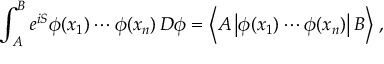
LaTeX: \int _ { A } ^ { B } e ^ { i S } \phi ( x _ { 1 } ) \cdots \phi ( x _ { n } ) \, D \phi = \left\langle A \left| \phi ( x _ { 1 } ) \cdots \phi ( x _ { n } ) \right| B \right\rangle \, ,